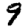
Digit: 9